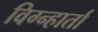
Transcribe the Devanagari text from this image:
विग्न्हार्ता